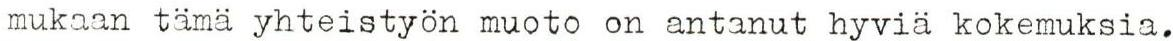
mukaan tämä yhteistyön muoto on antanut hyviä kokemuksia.